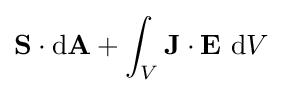
\mathbf {S} \cdot \mathrm {d} \mathbf {A} +\int _{V}\mathbf {J} \cdot \mathbf {E} ~\mathrm {d} V